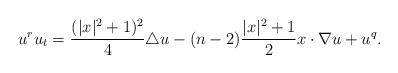
LaTeX: \begin{align*} u^ru_t=\frac{(|x|^2+1)^2}{4}\triangle u-(n-2)\frac{|x|^2+1}{2}x\cdot\nabla u+u^q. \end{align*}